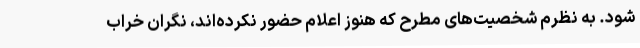
شود. به نظرم شخصیت‌های مطرح که هنوز اعلام حضور نکرده‌اند، نگران خراب